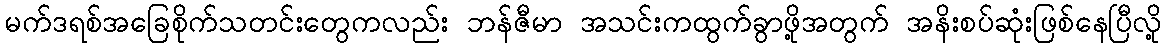
မက်ဒရစ်အခြေစိုက်သတင်းတွေကလည်း ဘန်ဇီမာ အသင်းကထွက်ခွာဖို့အတွက် အနိးစပ်ဆုံးဖြစ်နေပြီလို့